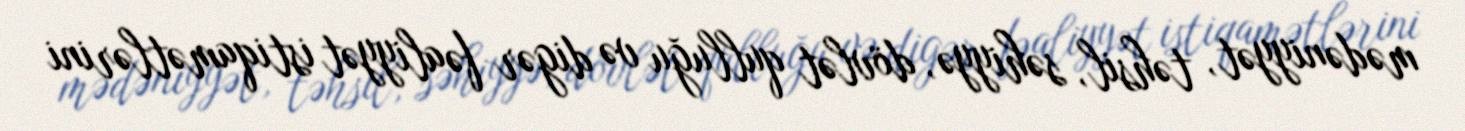
mədəniyyət, təhsil, səhiyyə, dövlət qulluğu və digər fəaliyyət istiqamətlərini